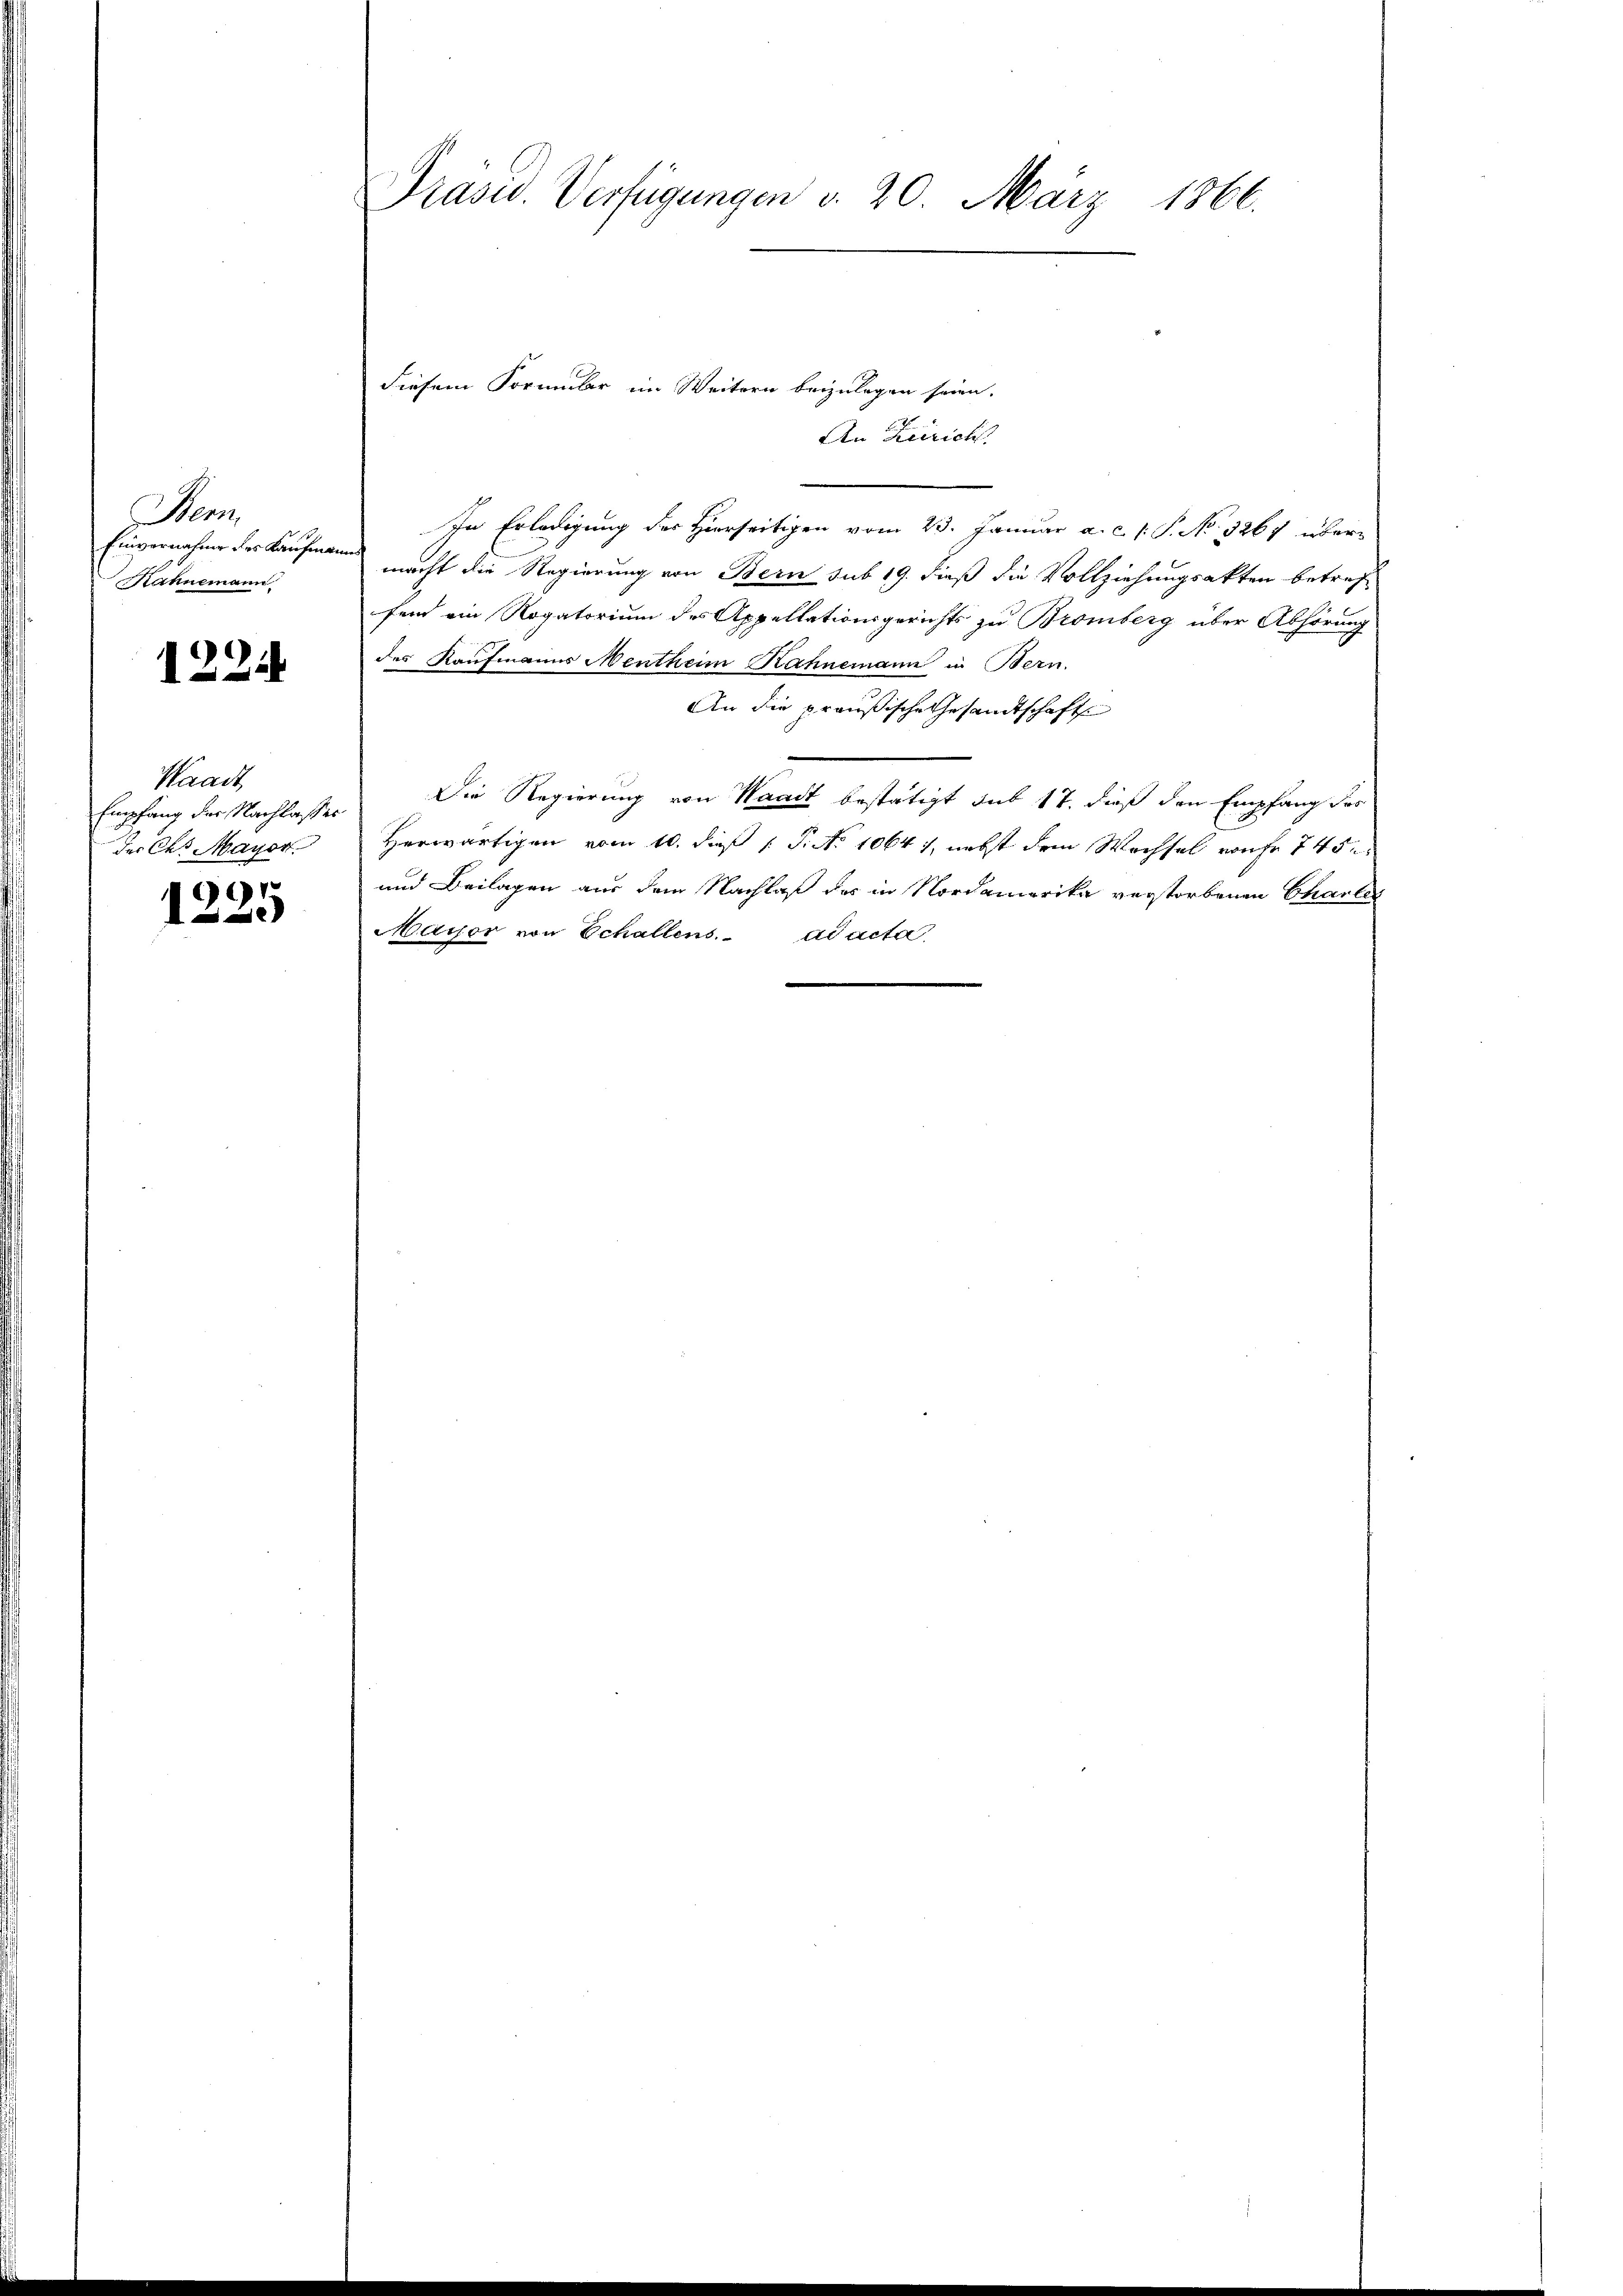
Bem
Einvernahme des Kaufman
Mahnemann

1224

Waadt,
der Chr. Mayor

9915
e

Präsid. Verfügungen d. 20. März 1866.

An Zürich
In Erledigung des Hierseitigen vom 23. Januar a.c. s. S. No. 3267 über-
h
macht die Regierung von Bern sub 19. dieß die Vollziehungsakten betref
fend ein Rogatorium des Appellationsgerichts zu Bromberg über Abhörung
des Kaufmanns Mentheim Rahnemann in Bern.
An die preußische Gesandtschaft
Empfang der Nachlasser. Die Regierung von Waadt bestätigt sub 17, dieß den Empfang der
Herwärtigen vom 10. dieß P. No 1064), nebst dem Wechsel von fr 745.
und Beilagen aus dem Nachlaß des in Nordamerika verstorbenen Charter
Maijor von Echallens. ad acta

diesem Formular im Weitern beizulegen seien.